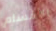
الأقسام